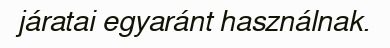
járatai egyaránt használnak.